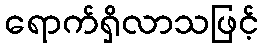
ရောက်ရှိလာသဖြင့်